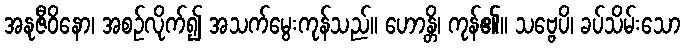
အနုဇီဝိနော၊ အစဉ်လိုက်၍ အသက်မွေးကုန်သည်။ ဟောန္တိ၊ ကုန်၏။ သဗ္ဗေပိ၊ ခပ်သိမ်းသော